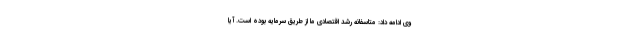
وی ادامه داد: متاسفانه رشد اقتصادی ما از طریق سرمایه بوده است. آیا